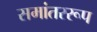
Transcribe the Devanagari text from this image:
समांतररूप